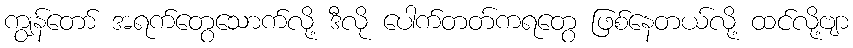
ကျွန်တော် အရက်တွေသောက်လို့ ဒီလို ပေါက်တတ်ကရတွေ ဖြစ်နေတယ်လို့ ထင်လို့ဗျာ